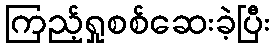
ကြည့်ရှုစစ်ဆေးခဲ့ပြီး